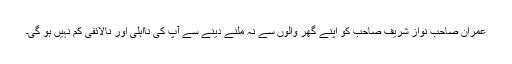
عمران صاحب نواز شریف صاحب کو اپنے گھر والوں سے نہ ملنے دینے سے آپ کی نااہلی اور نالائقی کم نہیں ہو گی۔